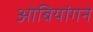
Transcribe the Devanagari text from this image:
ओबियांगने